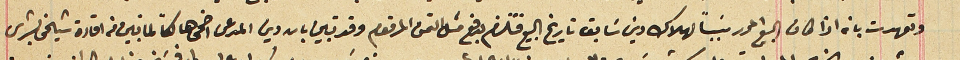
وتعهدت بانه اذا كان البيع المحرر سَبباً لهلاك دين سَابق تاريخ البيع فتلزم بدفع مثل التمن المرقوم وقد تبين بان دين المدعى اضحى هالكاً لما تبين فى افادة شيخى بشرى